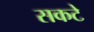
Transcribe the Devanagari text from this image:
सकटे